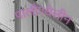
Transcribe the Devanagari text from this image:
पालीएथेलीन